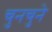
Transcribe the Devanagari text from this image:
चुनचुने